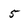
Character: 5